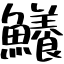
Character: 鱶